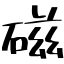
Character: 磁